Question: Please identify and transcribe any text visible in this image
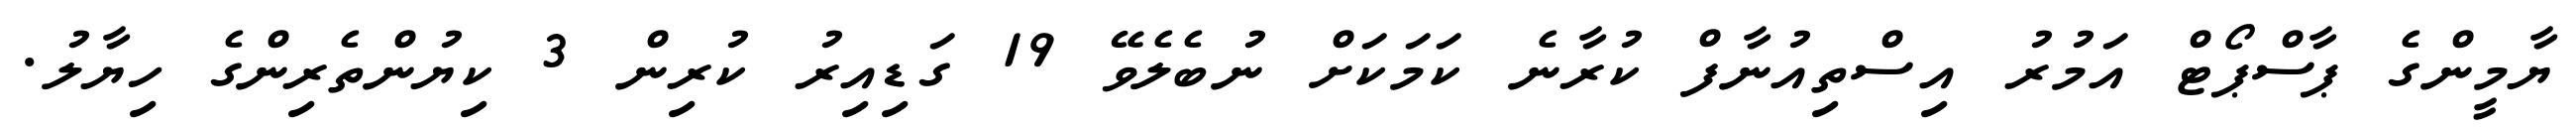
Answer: ޔާމީންގެ ޕާސްޕޯޓް އަމުރު އިސްތިއުނާފް ކުރާނެ ކަމަކަށް ނުބެލެވޭ 19 ގަޑިއިރު ކުރިން 3 ކިޔުންތެރިންގެ ހިޔާލު.